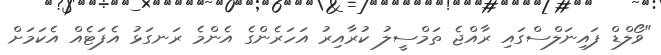
"ވޯލްޑް ފައިނަލްސްގައި ރާއްޖެ ތަމްސީލު ކުރާއިރު އަހަރެންގެ އެންމެ ރަނގަޅު އެފަޓެއް އެކަމަށް